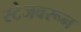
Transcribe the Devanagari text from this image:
स्टेजवरून